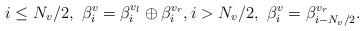
LaTeX: \begin{align*} i \leq N_v/2, \ \beta_i^v = \beta_i^{v_l} \oplus \beta_i^{v_r}, i > N_v/2, \ \beta_i^v = \beta^{v_r}_{i-N_v/2}.\end{align*}